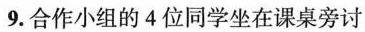
9.合作小组的4位同学坐在课桌旁讨